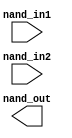
// SPDX-License-Identifier: Apache-2.0
// Copyright (C) 2019 Intel Corporation. 
//-----------------------------------------------------------------------------
//  Clock XOR macro
//-----------------------------------------------------------------------------

module altr_hps_cknand (
    input  wire              nand_in1,     // and input 1
    input  wire              nand_in2,     // and input 2
    output  wire             nand_out      // and output
);

// -------------------
// Port declarations
// -------------------

// -----
// RTL
// -----

`ifdef ALTR_HPS_INTEL_MACROS_OFF
assign nand_out = ~(nand_in1 & nand_in2);

`else


`endif

endmodule